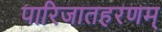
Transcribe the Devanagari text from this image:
पारिजातहरणम्